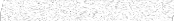
١٣